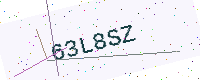
Text: 63L8SZ